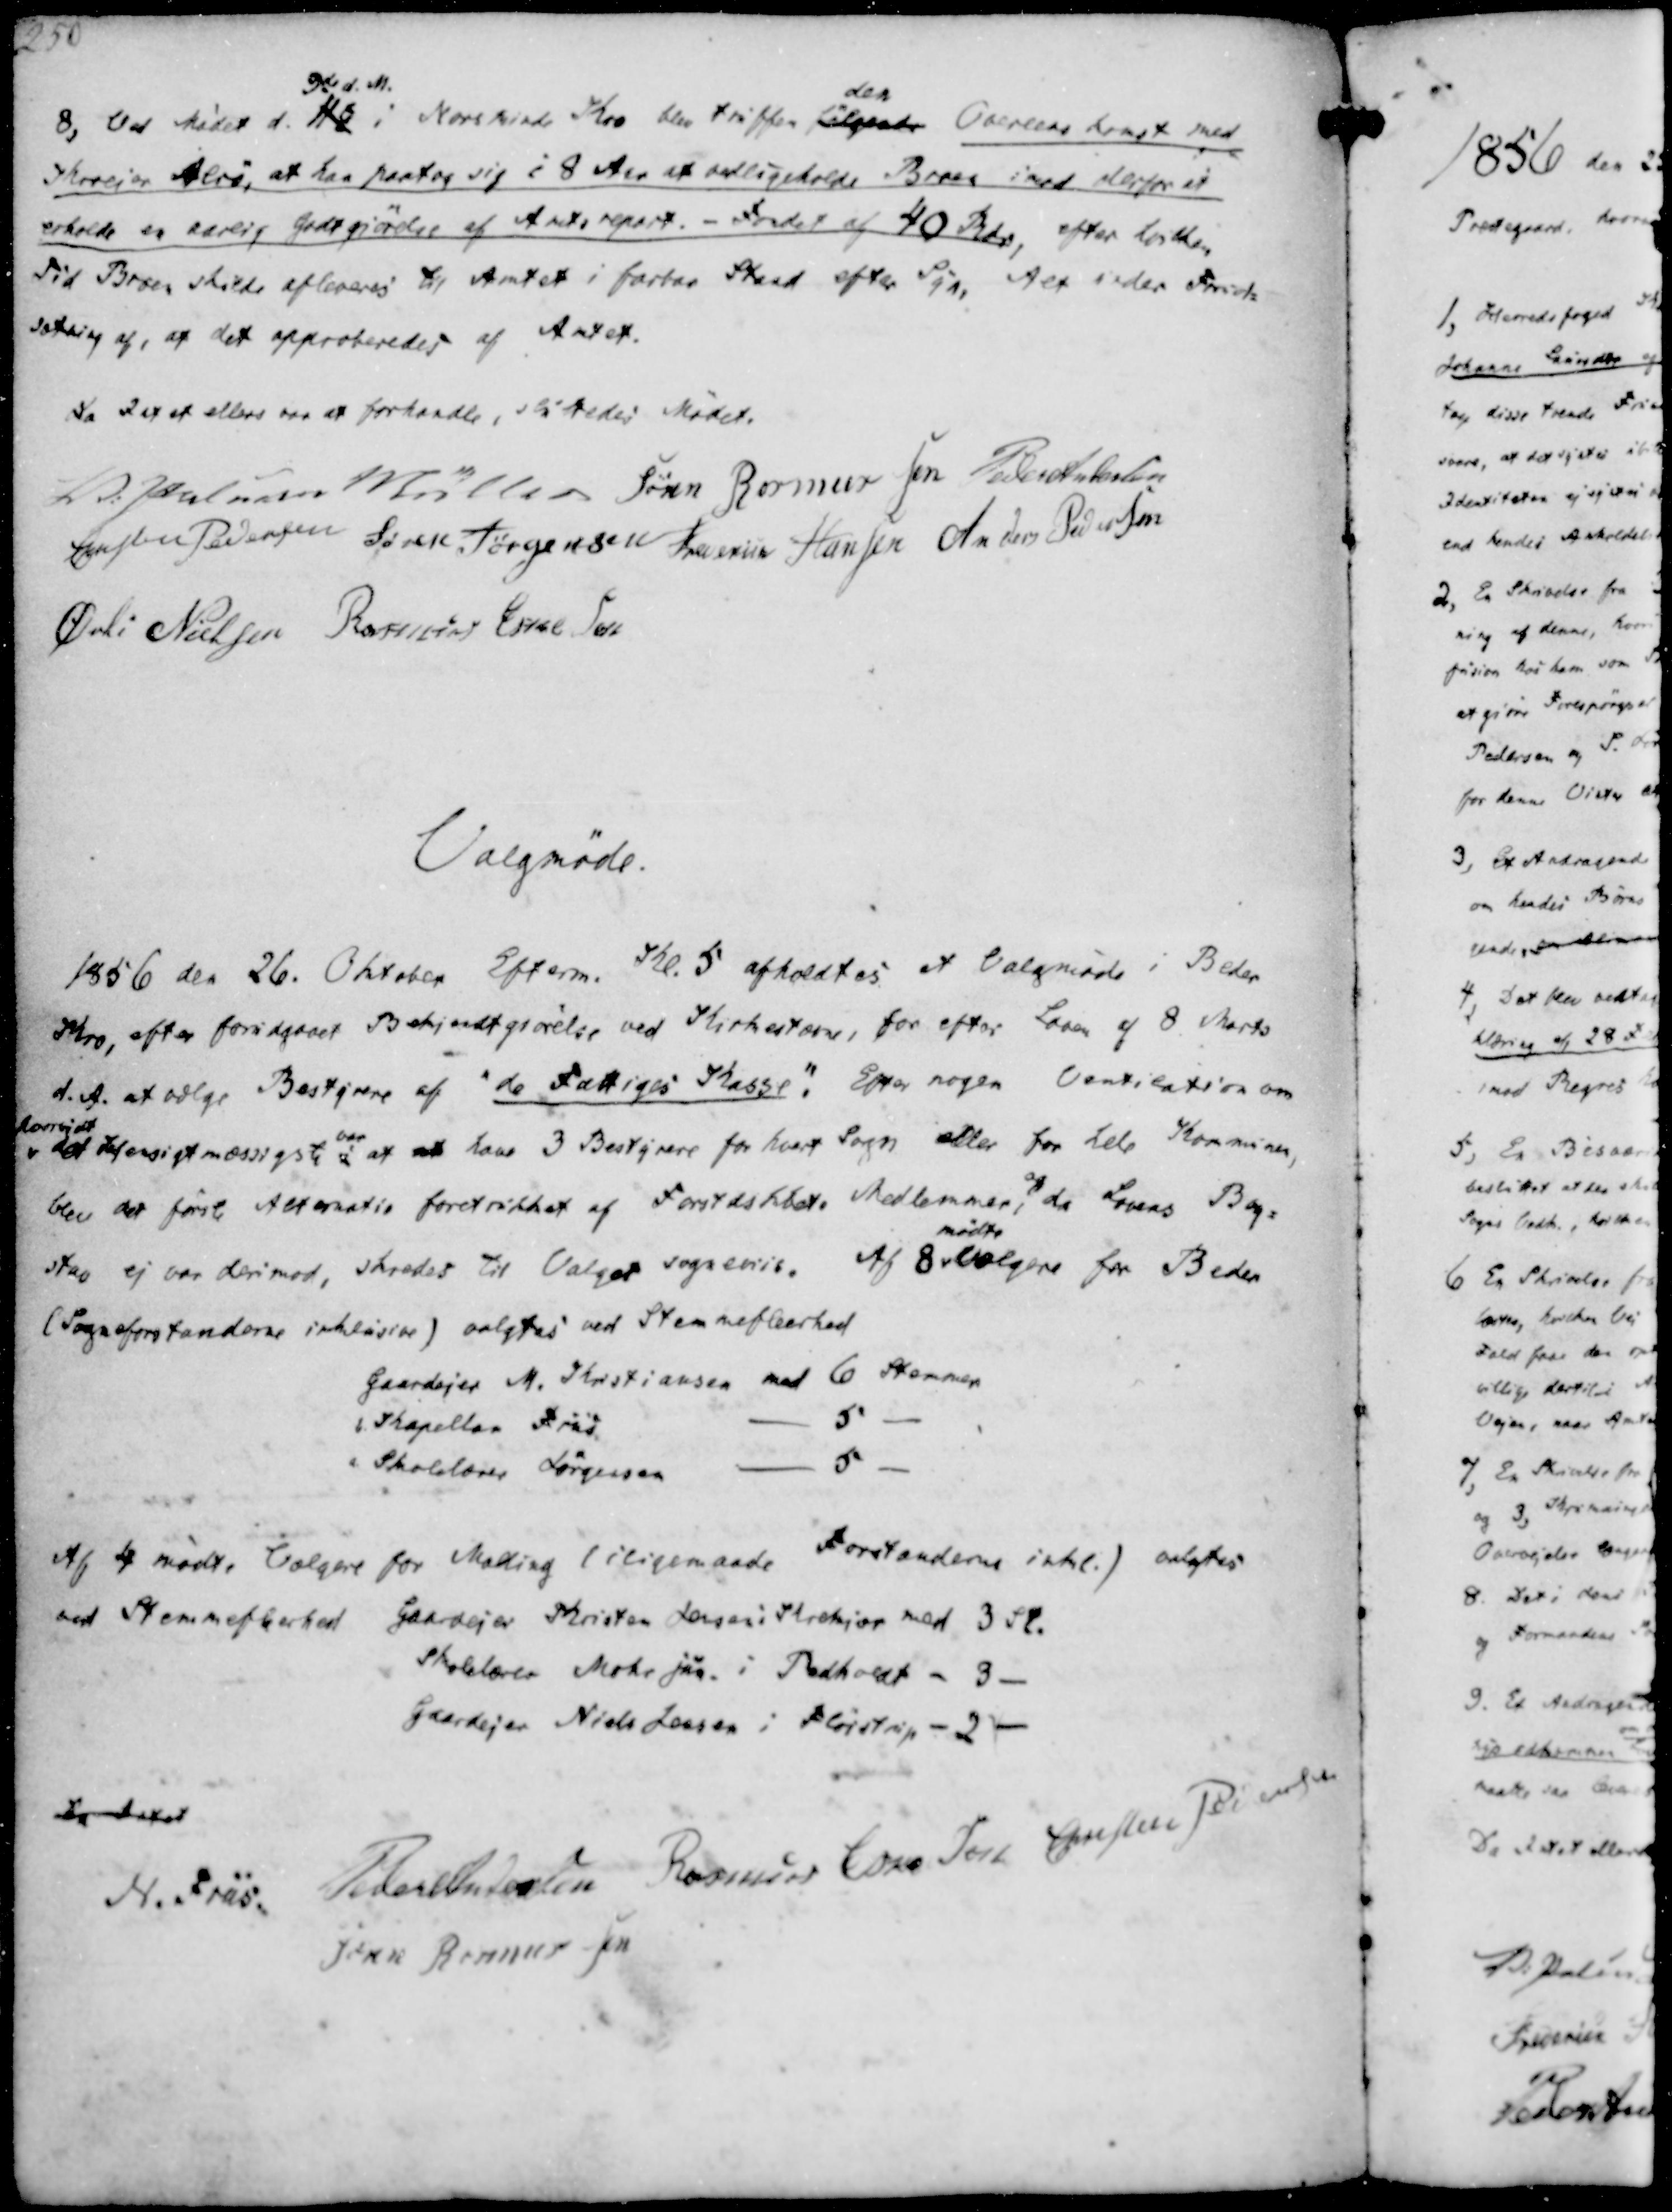
Transskription:
8, Ved Mødet d. 11
9de d. M.
i Norsminde Kro blev truffen følgende
den
Overens komst med
Skovejer Alrø, at han paatog sig i 8 Aar at vedligeholde Broen imod derfor at
erholde en aarlig Godtgiørelse af Amts repart. - Fondet af 40 Rdr, efter hvilken
Tid Broen skulde afleveres til Amtet i farbar Stand efter Syn. Alt under Forud-
sætning af, at det approberedes af Amtet.

Da Intet ellers var at forhandle, sluttedes Mødet.
V. Paludan Müller
Søren Rasmussen
Peder Andersen
Christen Pedersen
Søren Jørgensen
Frederik Hansen
Anders Pedersen
Øvli Nielsen
Rasmus Eskesen

Valgmøde.

1856 den 26. Oktober Efterm. Kl. 5 afholdtes et Valgmøde i Beder
Kro, efter forudgaaet Bekjendtgjørelse ved Kirkestævne, for efter Loven af 8 Marts
d.A. at vælge Bestyrere af "de Fattiges Kasse". Efter nogen Ventilation om
hvorvidt
det Hensigtmæssigste i
var
at at have 3 Bestyrere for hvert Sogn eller for hele Kommunen,
blev det første Alternativ foretrukket af Forstdskbets Medlemmer, 
og
da Lovens Bog-
stav ej var derimod, skredes til Valget sogneviis. Af 8
mødte
Vælgere for Beder
(Sogneforstanderne inklusive) valgtes ved Stemmeflerhed

Gaardejer M. Kristiansen med 6 Stemmer
b. Kapellan Friis
- 5 -
c. Skolelærer Jørgensen
- 5 -

Af 4 mødte Vælgere for Malling (iligemaade
Forstanderne inkl.) valgtes
ved Stemmeflerhed Gaardejer Kristen Jensen i Krekjær med 3 St.
Skolelærer Mohr jun. i Pedholdt - 3 -
Gaardejer Niels Jensen i Fløistrup - 2 -

Da Intet
N. Friis
Peder Andersen
Rasmus Eskesen
Christen Pedersen
Søren Rasmussen